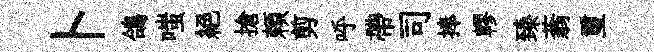
卜鴿嗤絕搶頼剪呼帶司捧轇臻蓊璽